Indian journal of veterinary science and animal husbandry - Volume 10,
Year: 1940
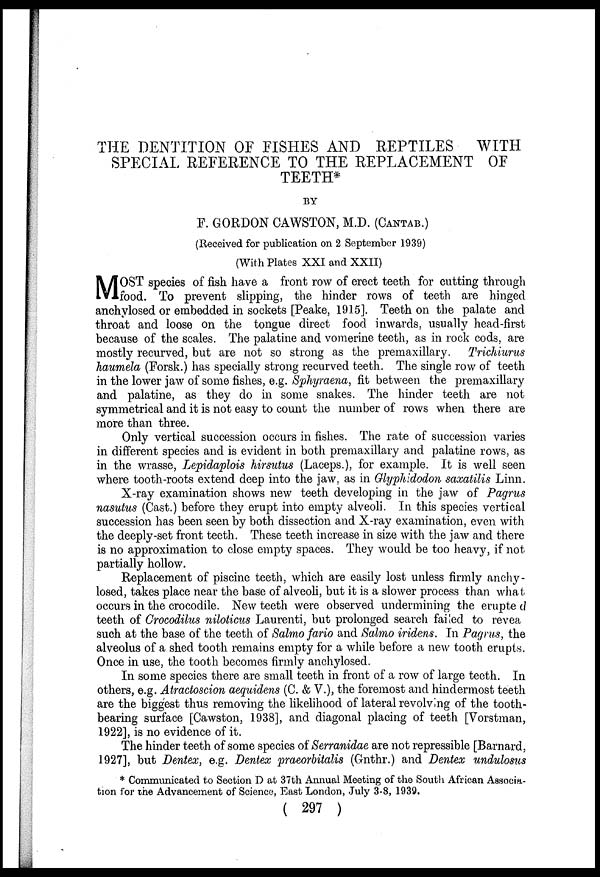
THE DENTITION OF FISHES AND REPTILES WITH
SPECIAL REFERENCE TO THE REPLACEMENT OF
TEETH*
BY
F. GORDON CAWSTON, M.D. (CANTAB.)
(Received for publication on 2 September 1939)
(With Plates XXI and XXII)
M OST species of fish have a front row of erect teeth for cutting through
food. To prevent slipping, the hinder rows of teeth are hinged
anchylosed or embedded in sockets [Peake, 1915]. Teeth on the palate and
throat and loose on the tongue direct food inwards, usually head-first
because of the scales. The palatine and vomerine teeth, as in rock cods, are
mostly recurved, but are not so strong as the premaxillary.
Trichiurus
haumela (Forsk.) has specially strong recurved teeth. The single row of teeth
in the lower jaw of some fishes, e.g. Sphyraena, fit between the premaxillary
and palatine, as they do in some snakes. The hinder teeth are not
symmetrical and it is not easy to count the number of rows when there are
more than three.
Only vertical succession occurs in fishes. The rate of succession varies
in different species and is evident in both premaxillary and palatine rows, as
in the wrasse, Lepidaplois hirsutus (Laceps.), for example. It is well seen
where tooth-roots extend deep into the jaw, as in Glyphidodon saxatilis Linn.
X-ray examination shows new teeth developing in the jaw of Pagrus
nasutus (Cast.) before they erupt into empty alveoli. In this species vertical
succession has been seen by both dissection and X-ray examination, even with
the deeply-set front teeth. These teeth increase in size with the jaw and there
is no approximation to close empty spaces. They would be too heavy, if not
partially hollow.
Replacement of piscine teeth, which are easily lost unless firmly anchy-
losed, takes place near the base of alveoli, but it is a slower process than what
occurs in the crocodile. New teeth were observed undermining the erupte d
teeth of Crocodilus niloticus Laurenti, but prolonged search failed to revea
such at the base of the teeth of Salmo fario and Salmo iridens. In Pagrus, the
alveolus of a shed tooth remains empty for a while before a new tooth erupts.
Once in use, the tooth becomes firmly anchylosed.
In some species there are small teeth in front of a row of large teeth. In
others, e.g. Atractoscion aequidens (C. & V.), the foremost and hindermost teeth
are the biggest thus removing the likelihood of lateral revolving of the tooth¬
bearing surface [Cawston, 1938], and diagonal placing of teeth [Vorstman,
1922], is no evidence of it.
The hinder teeth of some species of Serranidae are not repressible [Barnard,
1927], but Dentex, e.g. Dentex praeorbitalis (Gnthr.) and Dentex undulosus
* Comimmicated to Section D at 37th Annual Meeting of the South African Associa-
tion for the Advancement of Science, East London, July 3-8, 1939.
( 297 )